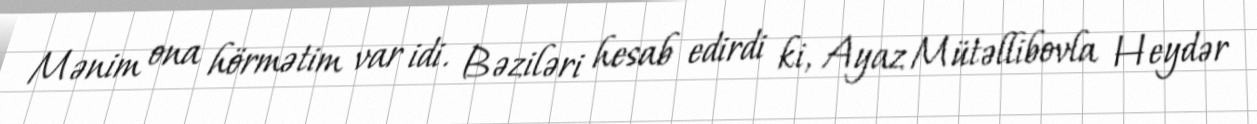
Mənim ona hörmətim var idi. Bəziləri hesab edirdi ki, Ayaz Mütəllibovla Heydər